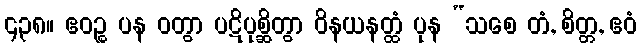
၄၃၈။ ဧဝဉ္စ ပန ဝတွာ ပဋိပုစ္ဆိတွာ ဝိနယနတ္ထံ ပုန “သစေ တံ, စိတ္တ, ဧဝံ